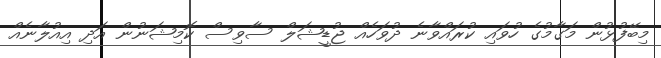
މިބޭފުޅުން މަގާމުގެ ހުވައި ކުރައްވާނެ ދުވަހެއް ޖުޑީޝަލް ސާވިސް ކޮމިޝަނުން އަދި އިއުލާނެއް